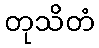
တုသိတံ